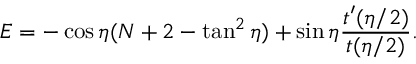
E = - \cos \eta ( N + 2 - \tan ^ { 2 } \eta ) + \sin \eta \frac { t ^ { \prime } ( \eta / 2 ) } { t ( \eta / 2 ) } . \nonumber